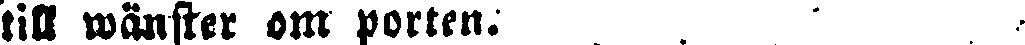
till wänster om porten. . . ' . ,